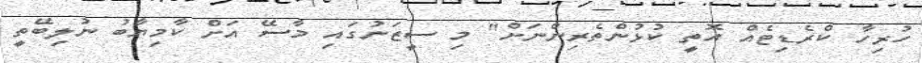
ހުރިހާ ކްރެޑިޓެއް އޮތީ ކުޅުންތެރިންނަށް" މި ސީޒަނުގައި މާސޭ އަށް ކާމިޔާބު ނުލިބޭތީ